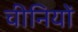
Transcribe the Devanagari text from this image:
चीनियाें